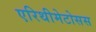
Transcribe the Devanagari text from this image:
एरिथीमेटोसस